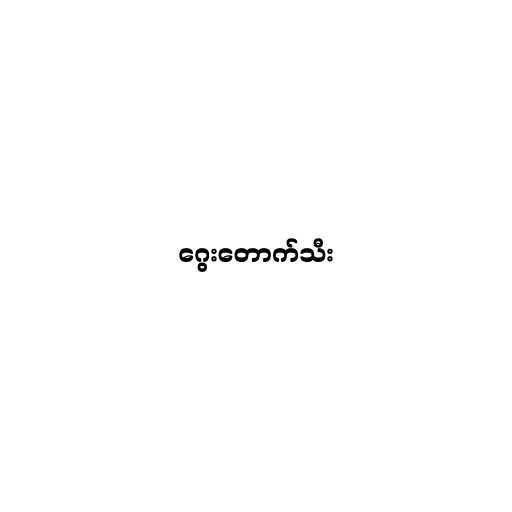
ဂွေးတောက်သီး